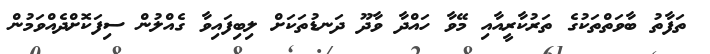
ތަފާތު ބާވަތްތަކުގެ ތަރުކާރީއާއި މޭވާ ހައްދާ ވާދޫ ދަނޑުތަކަށް ލިބިފައިވާ ގެއްލުން ސިފަކޮށްދެއްވަމުން